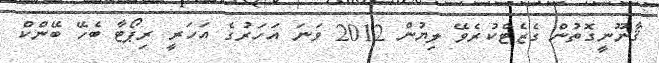
ޤާނޫނީގޮތުން ގެޒެޓްކުރެވޭ ލިޔުން 2012 ވަނަ އަހަރުގެ އަހަރީ ރިޕޯޓާ ބެހޭ ބޭންކް